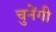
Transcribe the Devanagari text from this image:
चुनेंगी